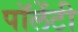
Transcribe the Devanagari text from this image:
पॉलेंटी